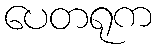
ပေတရုက